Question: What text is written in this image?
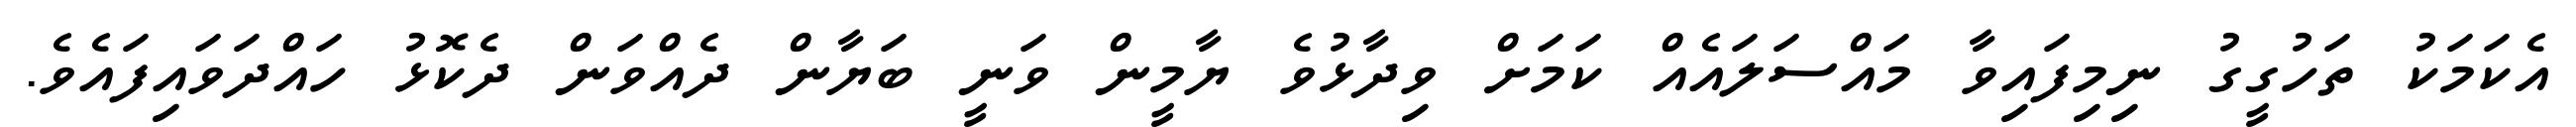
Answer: އެކަމަކު ތަހުގީގު ނިމިފައިވާ މައްސަލައެއް ކަމަށް ވިދާޅުވެ ޔާމީން ވަނީ ބަޔާން ދެއްވަން ދެކޮޅު ހައްދަވައިފައެވެ.